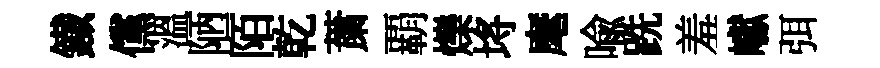
鐵儻溫陋陌乾䔥覇爍埓麾喻跣羞巘弭